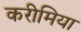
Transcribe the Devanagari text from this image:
करीमिया